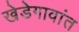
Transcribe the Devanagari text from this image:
खेडेगावांत